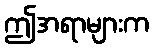
ဤအရာများက